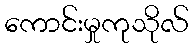
ကောင်းမှုကုသိုလ်